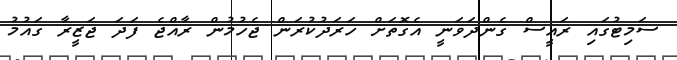
ސަމިޓުގައި ރައީސް ގެންދަވަނީ އެގޮތަށް ހަރަދުކުރަން ޖެހުމުން ރާއްޖެ ފަދަ ޖަޒީރާ ގައުމު